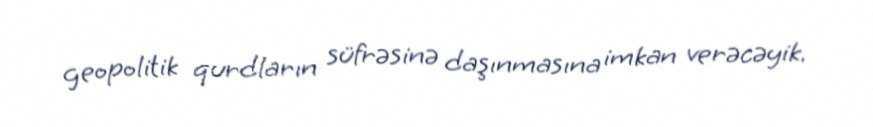
geopolitik qurdların süfrəsinə daşınmasına imkan verəcəyik.